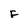
Character: F